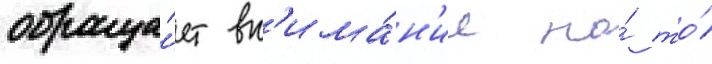
обраща́ет вн'има́н'ие на́ то́